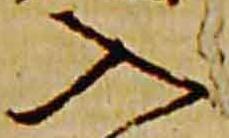
入